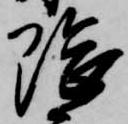
隈